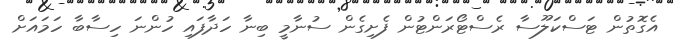
އެގޮތުން ޓަސްކަލޫސާ ރެސްޓޯރަންޓުން ފެށިގެން ސުނާމީ ބިނާ ހަދާފައި ހުންނަ ހިސާބާ ހަމައަށް